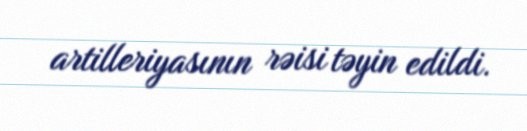
artilleriyasının rəisi təyin edildi.